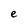
Character: e